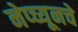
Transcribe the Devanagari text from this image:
नेप्च्यूनचे